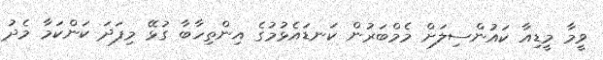
ވީމާ މީޑިއާ ކައުންސިލަށް މެމްބަރުން ކަނޑައެޅުމުގެ އިންތިހާބާ ގުޅޭ މިފަދަ ކަންކަމާ މެދު